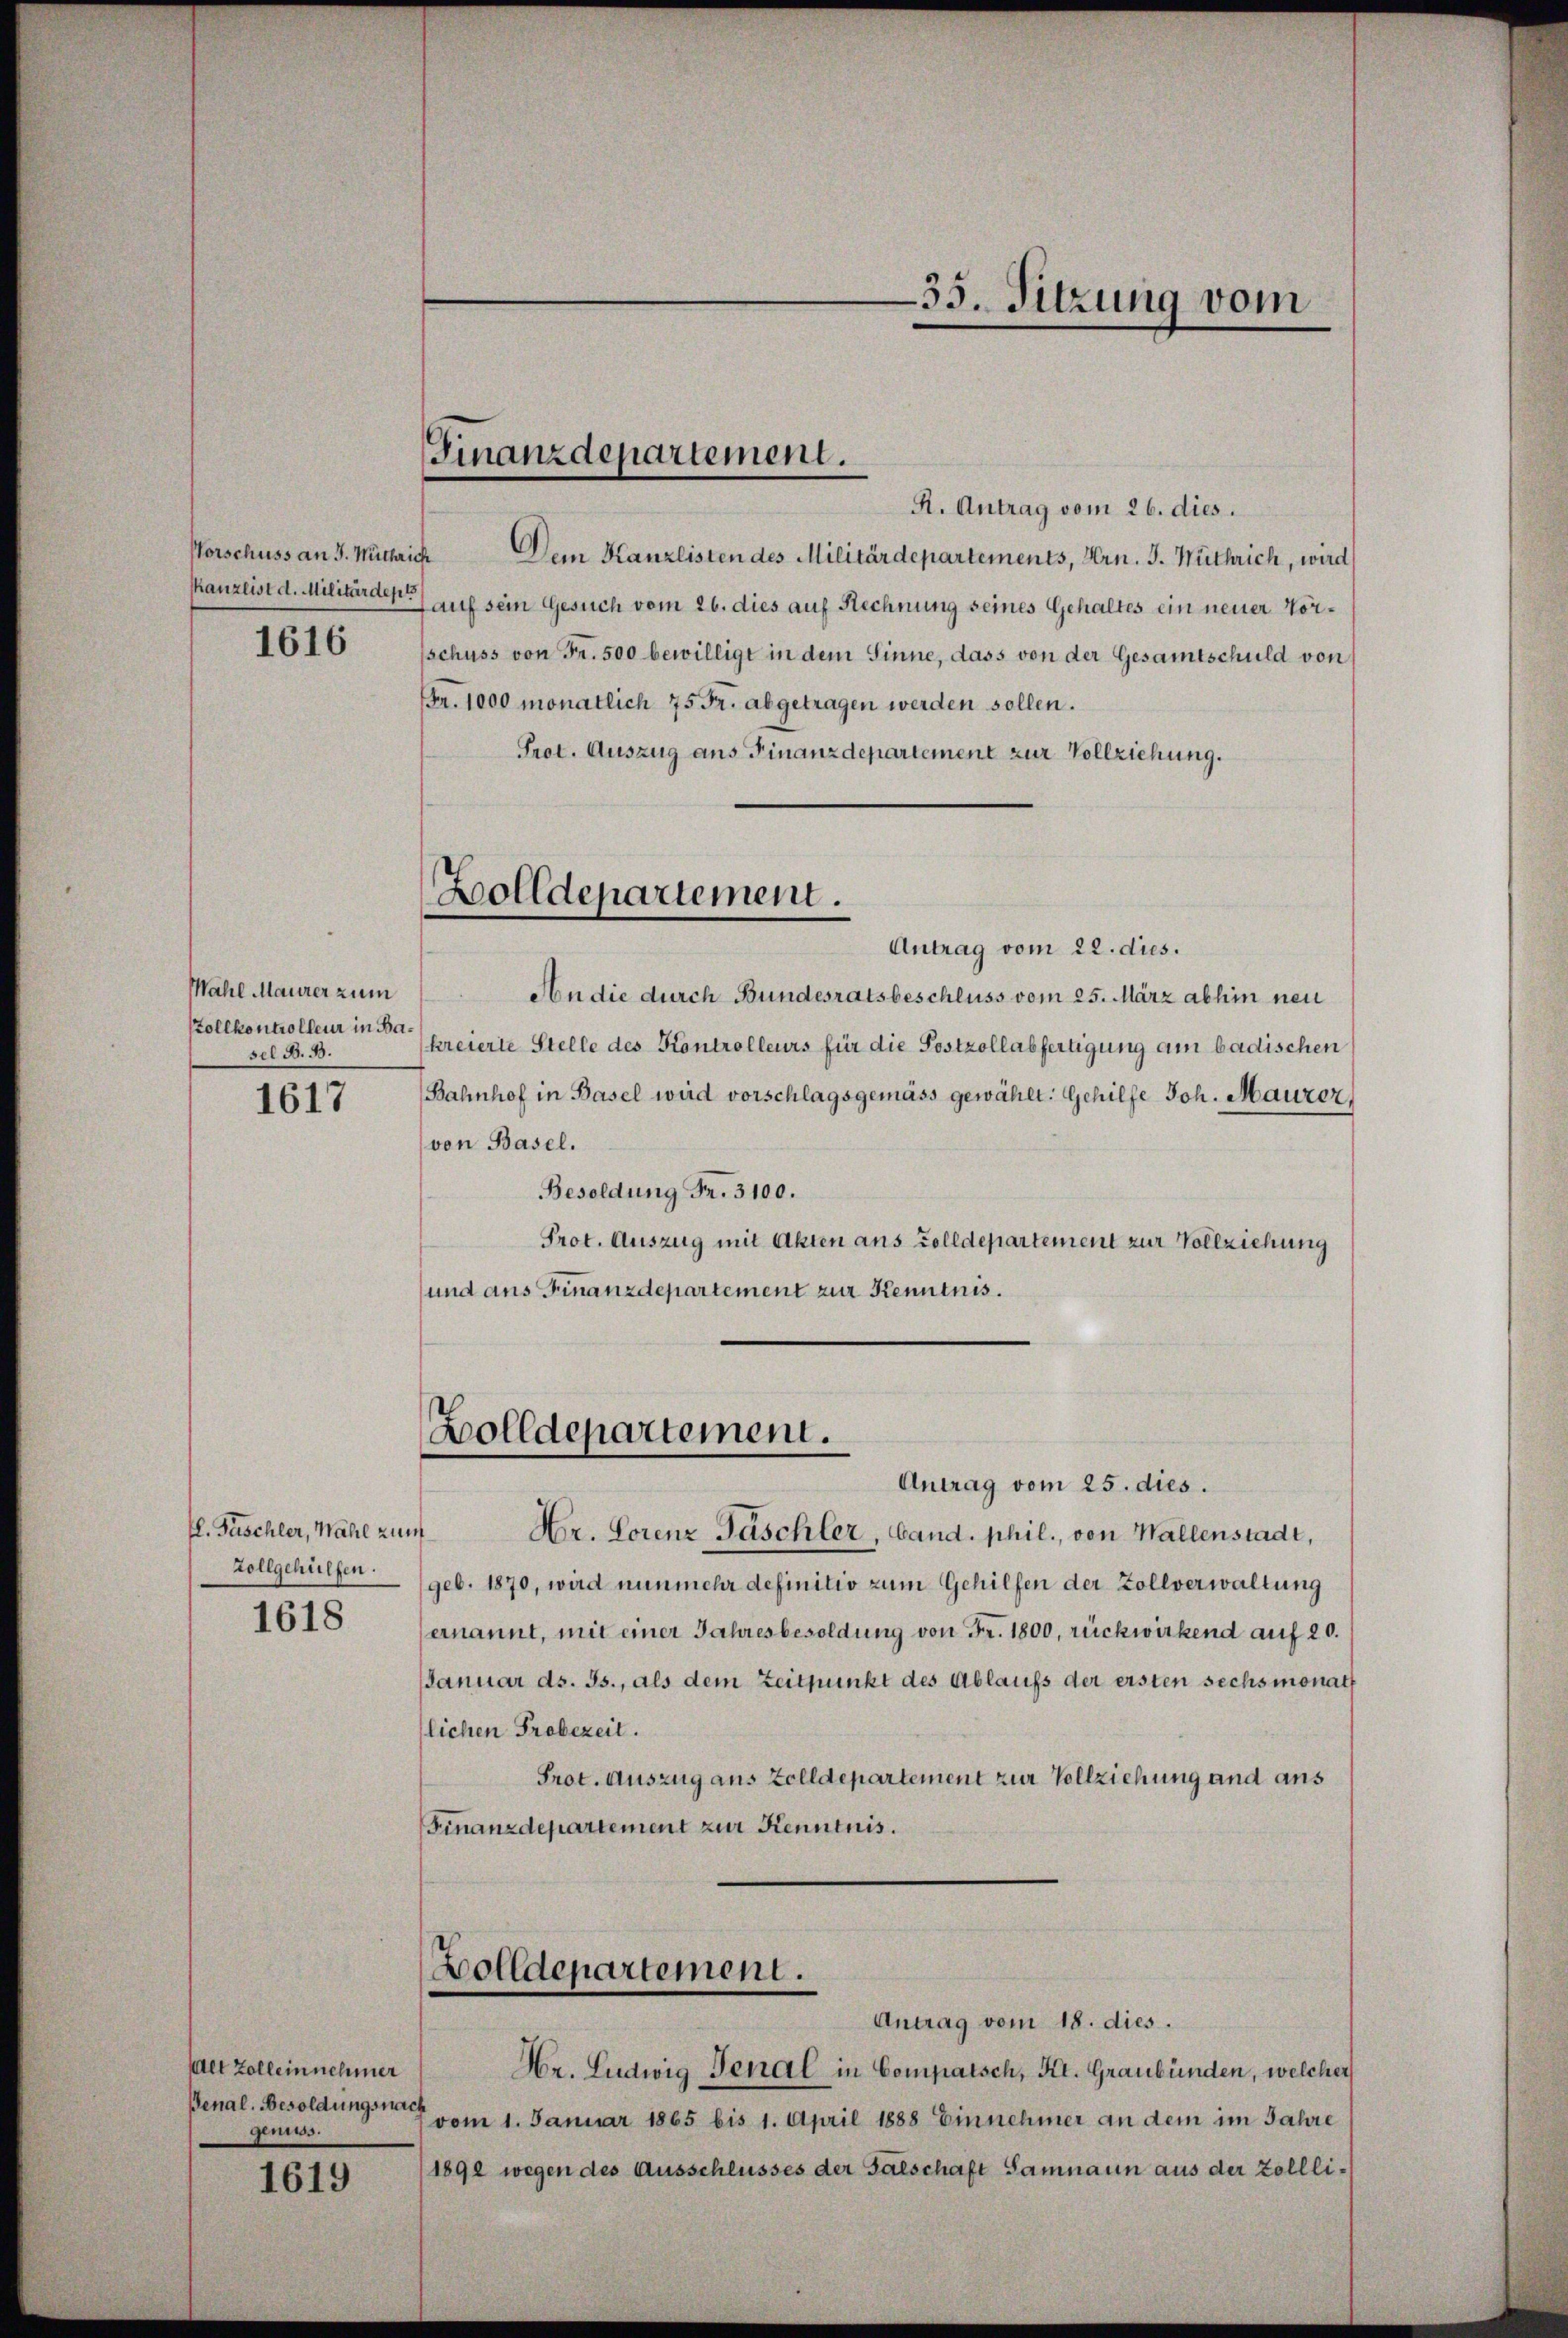
Vorschuss an J. Müthrich

1616

Mahl Maurer zum
Pollkontrolleur in Basel S. 53.

1617

fl. Füschler, Wahl zum
vollgehülfen.

1618

et Zollein nehmer
Penal. Besoldungsnach
glücks.

1619

Finanzdepartement.

Antrag vom 22. dies.
An die durch Bundesratsbeschluss vom 25. März abhin neu
kreierte Stelle des Kontrolleurs für die Festzollabfertigung am badischen
Bahnhof in Basel wird vorschlagsgemäss gewählt: Gehilfe Joh. Maurer,
(von Basel.
Besoldung Fr. 3100.
Prot. Auszug mit Akten aus Zolldepartement zur Vollziehung
und aus Finanzdepartement zur Kenntnis.

R. Antrag vom 26. dies
Dem Kanzlisten des Militärdepartements, Hrn. J. Wuthrich, wird
skanzlist d. Militärde) auf sein Gesuch vom 26. dies auf Rechnung seines Gehaltes ein neuer Vorschuss von Fr. 500 bewilligt in dem Sinne, dass von der Gesamtschuld von
Fr. 1000 monatlich 75 Fr. abgetragen werden sollen.
Prot. Auszug aus Finanzdepartement zur Vollziehung.

Zolldepartement.

Bolldepartement.

Bolldepartement.

35. Sitzung vom

Antrag vom 25. dies.
Hr. Lorenz Faschler, band. phil., von Wallenstadt,
geb. 1870, wird nunmehr definitiv zum Gehilfen der Zollverwaltung
ernannt, mit einer Jahresbesoldung von Fr. 1800, rückwirkend auf 20.
Januar ds. Js., als dem Zeitpunkt des Ablaufs der ersten sechsmonath
lichen Probezeit.
Prot. Auszug aus Zolldepartement zur Vollziehung und aus
Finanzdepartement zur Kenntnis.

Antrag vom 18. dies.
Hr. Ludwig Genal in Compatsch, Kt. Graubünden, welcher
vom 1. Januar 1865 bis 1. April 1888 Einnehmer an dem im Jahre
1892 wegen des Ausschlusses der Falschaft Samnaun aus der Zollli¬